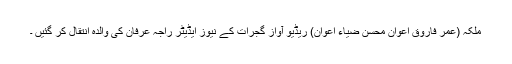
ملکہ (عمر فاروق اعوان محسن ضیاء اعوان) ریڈیو آواز گجرات کے نیوز ایڈیٹر راجہ عرفان کی والدہ انتقال کر گئیں ۔